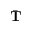
\bar { \mathbf T }